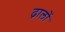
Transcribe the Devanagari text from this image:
ढ़ालों